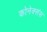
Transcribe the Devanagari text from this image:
कोनेक्संस